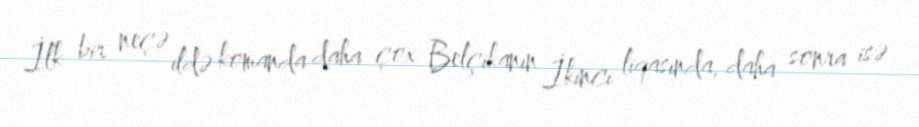
İlk bir neçə ildə komanda daha çox Belçikanın İkinci liqasında, daha sonra isə